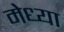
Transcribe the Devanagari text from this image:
मेध्या